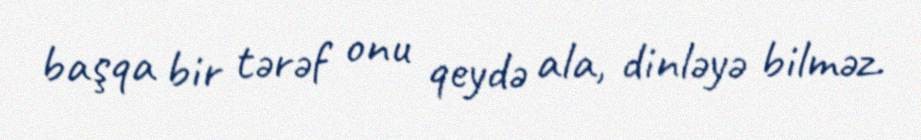
başqa bir tərəf onu qeydə ala, dinləyə bilməz.